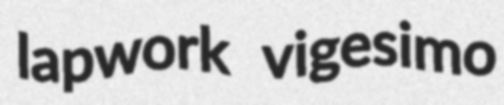
lapwork vigesimo